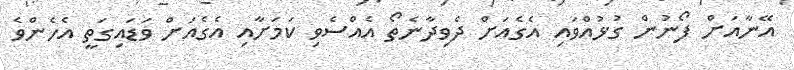
އޭނާއަށް ފޯނުން ގުޅުއްވައި އެގެއަށް ދެވިދާނެތޯ އެއްސެވި ކަމަށާއި އެގެއަށް ވަޑައިގަތީ އެހެންވެ